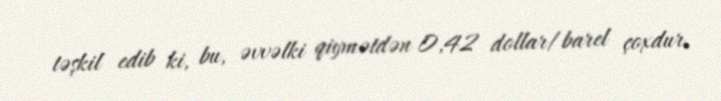
təşkil edib ki, bu, əvvəlki qiymətdən 0,42 dollar/barel çoxdur.